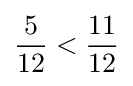
{\frac {5}{12}}<{\frac {11}{12}}